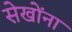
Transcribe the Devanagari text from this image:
सेखोंना